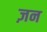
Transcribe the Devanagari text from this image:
ज़न